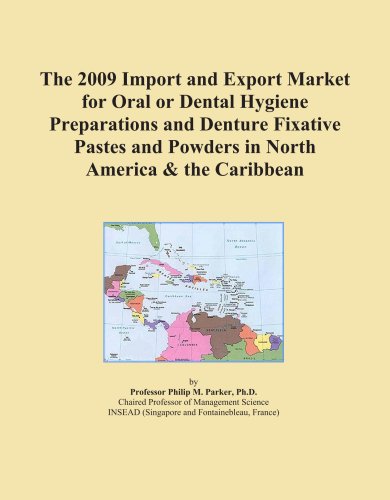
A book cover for The 2009 Import and Export Market for Oral or Dental Hygiene Preparations and Denture Fixative Pastes and Powders in North America & the Caribbean; Icon Group; Medical Books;